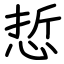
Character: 悊